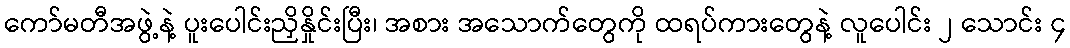
ကော်မတီအဖွဲ့နဲ့ ပူးပေါင်းညှိနှိုင်းပြီး၊ အစား အသောက်တွေကို ထရပ်ကားတွေနဲ့ လူပေါင်း ၂ သောင်း ၄